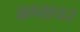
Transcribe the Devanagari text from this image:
ब्रम्हावर